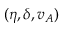
( \eta , \delta , v _ { A } )